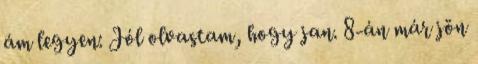
ám legyen: Jól olvastam, hogy jan. 8-án már jön